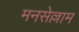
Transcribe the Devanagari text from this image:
मनसेल्लाम